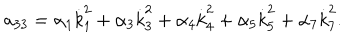
a _ { 3 3 } = \alpha _ { 1 } \dot { k } _ { 1 } ^ { 2 } + \alpha _ { 3 } \dot { k } _ { 3 } ^ { 2 } + \alpha _ { 4 } \dot { k } _ { 4 } ^ { 2 } + \alpha _ { 5 } \dot { k } _ { 5 } ^ { 2 } + \alpha _ { 7 } \dot { k } _ { 7 } ^ { 2 } .